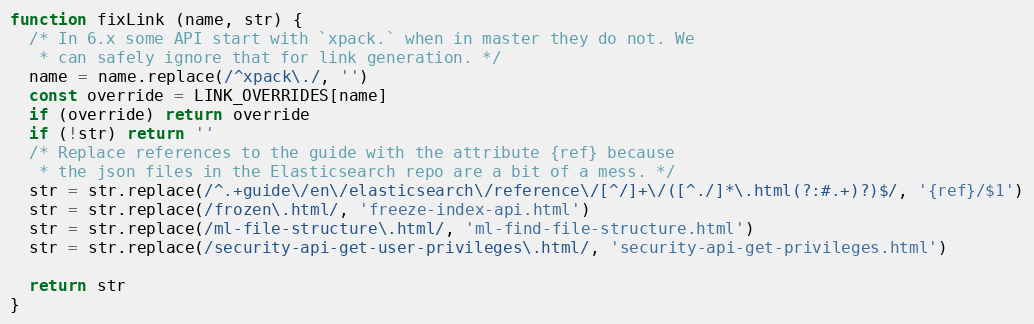
Language: JavaScript
function fixLink (name, str) {
  /* In 6.x some API start with `xpack.` when in master they do not. We
   * can safely ignore that for link generation. */
  name = name.replace(/^xpack\./, '')
  const override = LINK_OVERRIDES[name]
  if (override) return override
  if (!str) return ''
  /* Replace references to the guide with the attribute {ref} because
   * the json files in the Elasticsearch repo are a bit of a mess. */
  str = str.replace(/^.+guide\/en\/elasticsearch\/reference\/[^/]+\/([^./]*\.html(?:#.+)?)$/, '{ref}/$1')
  str = str.replace(/frozen\.html/, 'freeze-index-api.html')
  str = str.replace(/ml-file-structure\.html/, 'ml-find-file-structure.html')
  str = str.replace(/security-api-get-user-privileges\.html/, 'security-api-get-privileges.html')

  return str
}